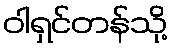
ဝါရှင်တန်သို့